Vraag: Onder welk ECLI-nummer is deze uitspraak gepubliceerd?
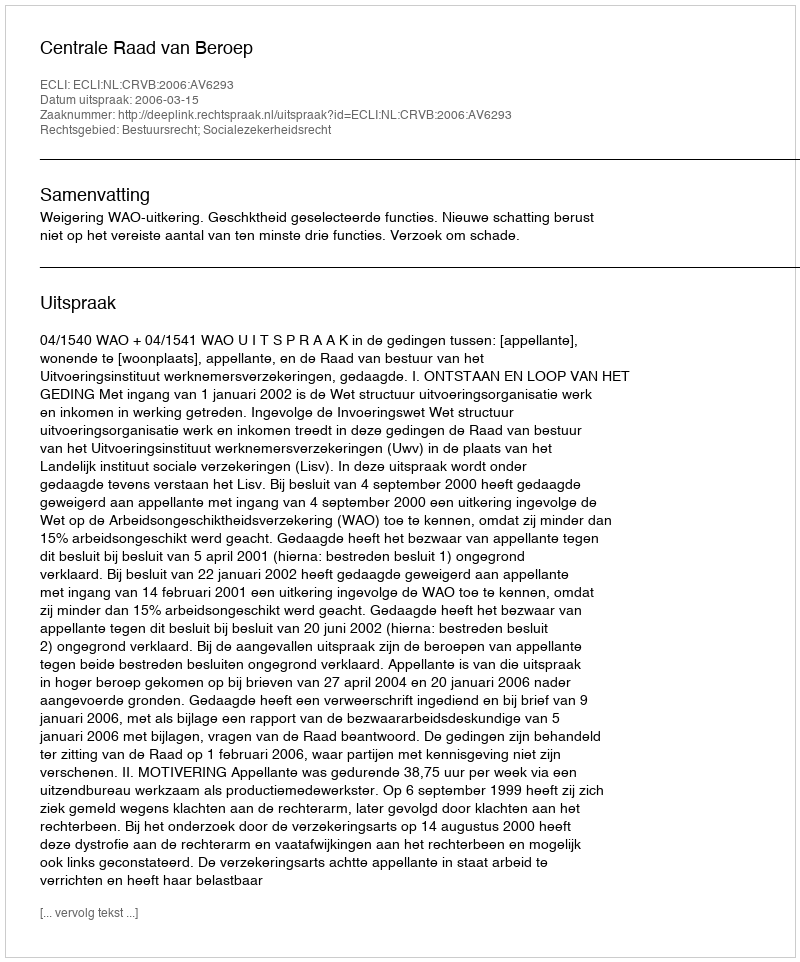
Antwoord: ECLI:NL:CRVB:2006:AV6293